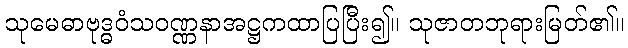
သုမေဓာဗုဒ္ဓဝံသဝဏ္ဏနာအဋ္ဌကထာပြပြီး၍။ သုဇာတဘုရားမြတ်၏။